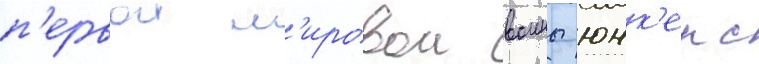
п'ервои м'ировои воины юнк'ерс